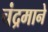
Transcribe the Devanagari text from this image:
चंद्रमाने